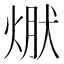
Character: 𭵃